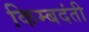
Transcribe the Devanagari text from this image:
किम्बदंती